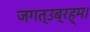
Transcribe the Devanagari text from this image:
जगत्उब्रह्म।